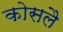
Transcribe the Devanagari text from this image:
कोसलै